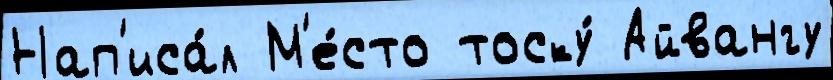
Нап'иса́л М'е́сто тоску́ Айвангу